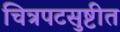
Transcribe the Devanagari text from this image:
चित्रपटसुष्टीत